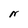
Character: N